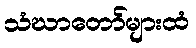
သံဃာတော်များထံ